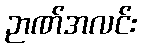
ဉာဏ်အလင်း